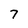
Character: 7